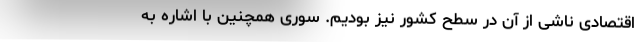
اقتصادی ناشی از آن در سطح کشور نیز بودیم. سوری همچنین با اشاره به